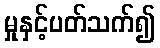
မှုနှင့်ပတ်သက်၍